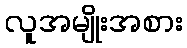
လူအမျိုးအစား